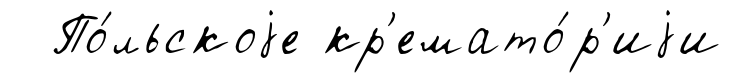
По́льскоjе кр'емато́р'иjи